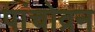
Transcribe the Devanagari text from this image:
पांचोव्रन